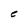
Character: C